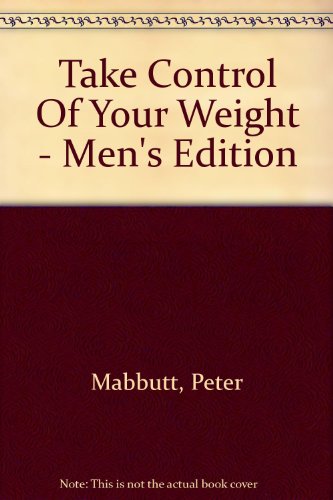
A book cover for Take Control Of Your Weight - Men's Edition; Peter Mabbutt; Health, Fitness & Dieting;